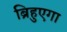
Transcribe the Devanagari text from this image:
ब्रिहुएगा